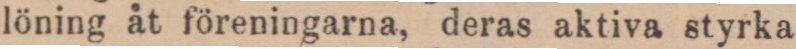
löning åt föreningarna, deras aktiva styrka